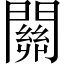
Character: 關